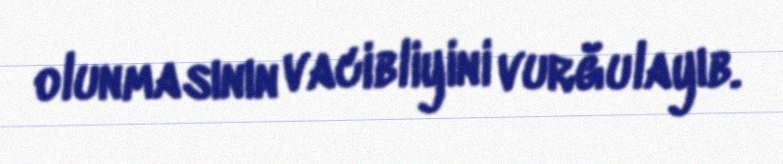
olunmasının vacibliyini vurğulayıb.